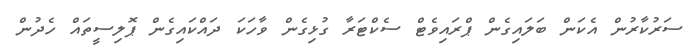
ސަރުކާރުން އެކަން ބަލައިގެން ޕްރައިވެޓް ސެކްޓަރާ ގުޅިގެން ވާހަކަ ދައްކައިގެން ޕޮލިސީތައް ހެދުން